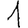
Digit: 1